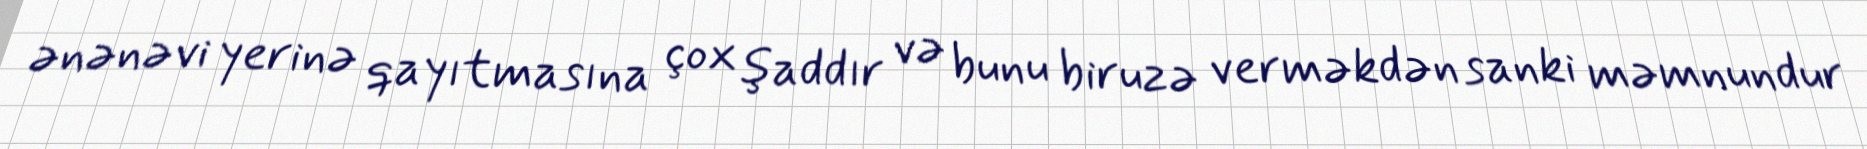
ənənəvi yerinə qayıtmasına çox şaddır və bunu biruzə verməkdən sanki məmnundur